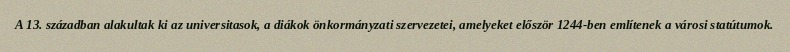
A 13. században alakultak ki az universitasok, a diákok önkormányzati szervezetei, amelyeket először 1244-ben említenek a városi statútumok.